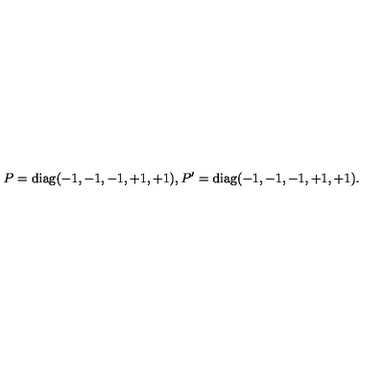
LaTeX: P = \mathrm { d i a g } ( - 1 , - 1 , - 1 , + 1 , + 1 ) , P ^ { \prime } = \mathrm { d i a g } ( - 1 , - 1 , - 1 , + 1 , + 1 ) . \,